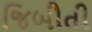
જિબૌતી